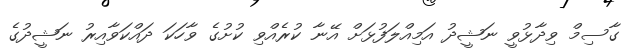
ގާސިމް ވިދާޅުވީ ނަޝީދު އަމިއްލަފުޅަށް އޭނާ ކުރެއްވި ކުށުގެ ވާހަކަ ދައްކަވާއިރު ނަޝީދުގެ